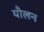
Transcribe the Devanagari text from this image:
यौलन